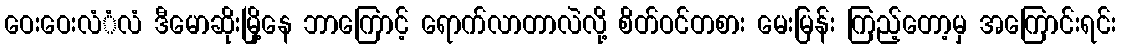
ဝေးဝေးလံံလံ ဒီမောဆိုးမြို့နေ ဘာကြောင့် ရောက်လာတာလဲလို့ စိတ်ဝင်တစား မေးမြန်း ကြည့်တော့မှ အကြောင်းရင်း